Development of the parasite of Indian kala azar - Number 53
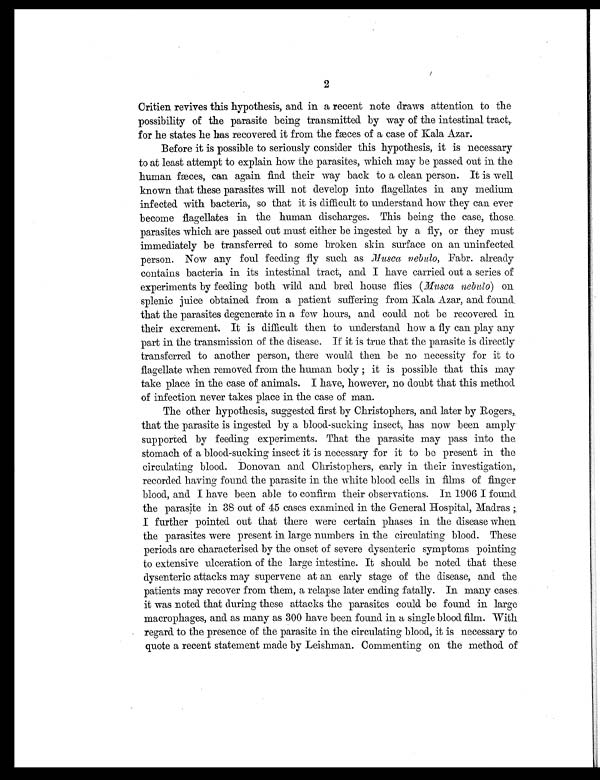
2
Critien revives this hypothesis, and. in a recent note draws attention to the
possibility of the parasite being transmitted by way of the intestinal tract,
for he states he has recovered it from the fæces of a case of Kala Azar.
Before it is possible to seriously consider this hypothesis, it is necessary
to at least attempt to explain how the parasites, which may be passed out in the
human fæces, can again find their way back to a clean person. It is well
known that these parasites will not develop into flagellates in any medium
infected with bacteria, so that it is difficult to understand how they can ever
become flagellates in the human discharges. This being the case, those.
parasites which are passed out must either be ingested by a fly, or they must
immediately be transferred to some broken skin surface on an uninfected
person. Now any foul feeding fly such as Musca nebulo, Fabr. already
contains bacteria in its intestinal tract, and I have carried out a series of
experiments by feeding both wild and bred house flies (Musca nebulo) on
splenic juice obtained from a patient suffering from Kala Azar, and found.
that the parasites degenerate in a few hours, and could not be recovered in
their excrement. It is difficult then to understand how a fly can play any
part in the transmission of the disease. If it is true that the parasite is directly
transferred to another person, there would then be no necessity for it to
flagellate when removed. from the human body ; it is possible that this may
take place in the case of animals. I have, however, no doubt that this method
of infection never takes place in the case of man.
The other hypothesis, suggested. first by Christophers, and later by Rogers,
that the parasite is ingested by a blood-sucking insect, has now been amply
supported by feeding experiments. That the parasite may pass into the.
stomach of a blood-sucking insect it is necessary for it to be present in the
circulating blood. Donovan and Christophers, early in their investigation,.
recorded having found the parasite in the white blood cells in films of finger
blood, and I have been able to confirm their observations. In 1906 I found.
the parasite in 38 out of 45 cases examined in the General Hospital, Madras
; I further pointed out that there were certain phases in the disease when
the parasites were present in large numbers in the circulating blood. These
periods are characterised by the onset of severe dysenteric symptoms pointing
to extensive ulceration of the large intestine. It should be noted that these
dysenteric attacks may supervene at an early stage of the disease, and the
patients may recover from them, a relapse later ending fatally. In many cases.
it was noted that during these attacks the parasites could be found in large
macrophages, and as many as 300 have been found in a single blood film. With
regard to the presence of the parasite in the circulating blood, it is necessary to
quote a recent statement made by Leishman. Commenting on the method of